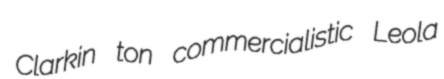
Clarkin ton commercialistic Leola